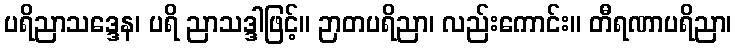
ပရိညာသဒ္ဒေန၊ ပရိ ညာသဒ္ဒါဖြင့်။ ဉာတပရိညာ၊ လည်းကောင်း။ တီရဏာပရိညာ၊